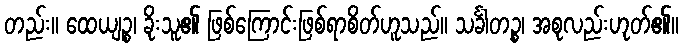
တည်း။ ထေယျဉ္စ၊ ခိုးသူ၏ ဖြစ်ကြောင်းဖြစ်ရာစိတ်ဟူသည်။ သင်္ခါတဉ္စ၊ အစုလည်းဟုတ်၏။